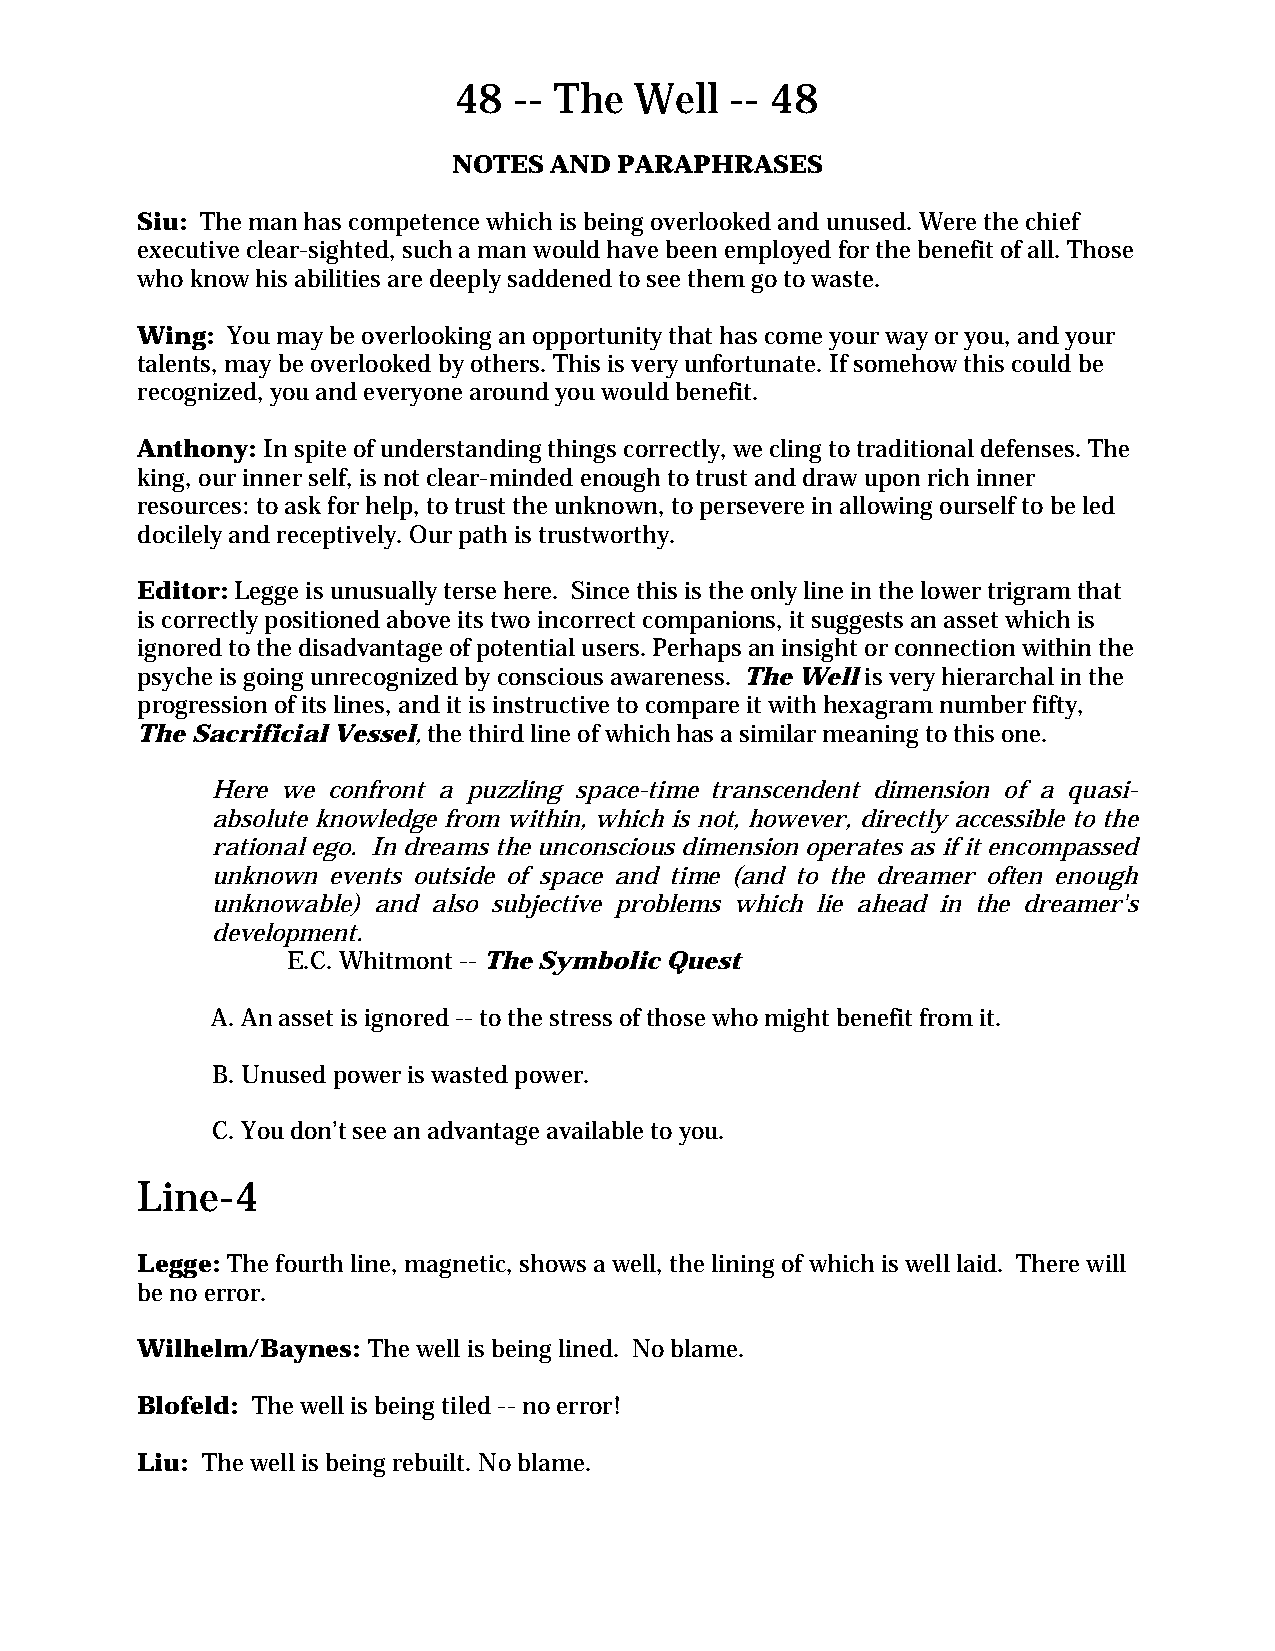
48  -- The  Well  -- 48
 NOTES AND  PARAPHRASES
 Siu: The man has competence which is being overlooked and unused. Were the chief
 executive clear-sighted, such a man would have been employed for the benefit of all. Those
 who know his abilities are deeply saddened to see them go to waste.
 Wing: You may be overlooking an opportunity that has come your way or you, and your
 talents, may be overlooked by others. This is very unfortunate. If somehow this could be
 recognized, you and everyone around you would benefit.
 Anthony: In spite of understanding things correctly, we cling to traditional defenses. The
 king, our inner self, is not clear-minded enough to trust and draw upon rich inner
 resources: to ask for help, to trust the unknown, to persevere in allowing ourself to be led
 docilely and receptively. Our path is trustworthy.
 Editor: Legge is unusually terse here. Since this is the only line in the lower trigram that
 is correctly positioned above its two incorrect companions, it suggests an asset which is
 ignored to the disadvantage of potential users. Perhaps an insight or connection within the
 psyche is going unrecognized by conscious awareness. The Well is very hierarchal in the
 progression of its lines, and it is instructive to compare it with hexagram number fifty,
 The Sacrificial Vessel, the third line of which has a similar meaning to this one.
 Here we confront a puzzling space-time transcendent dimension of a quasi-
 absolute knowledge from within, which is not, however, directly accessible to the
 rational ego. In dreams the unconscious dimension operates as if it encompassed
 unknown events outside of space and time (and to the dreamer often enough
 unknowable) and also subjective problems which lie ahead in the dreamer's
 development.
 E.C. Whitmont -- The Symbolic Quest
 A. An asset is ignored -- to the stress of those who might benefit from it.
 B. Unused power is wasted power.
 C. You don’t see an advantage available to you.
 Line-4
 Legge: The fourth line, magnetic, shows a well, the lining of which is well laid. There will
 be no error.
 Wilhelm/Baynes: The well is being lined. No blame.
 Blofeld: The well is being tiled -- no error!
 Liu: The well is being rebuilt. No blame.